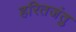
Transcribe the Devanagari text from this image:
हरितजंतु